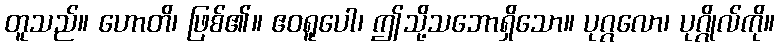
တူသည်။ ဟောတိ၊ ဖြစ်၏။ ဧဝရူပေါ၊ ဤသို့သဘောရှိသော။ ပုဂ္ဂလော၊ ပုဂ္ဂိုလ်ကို။